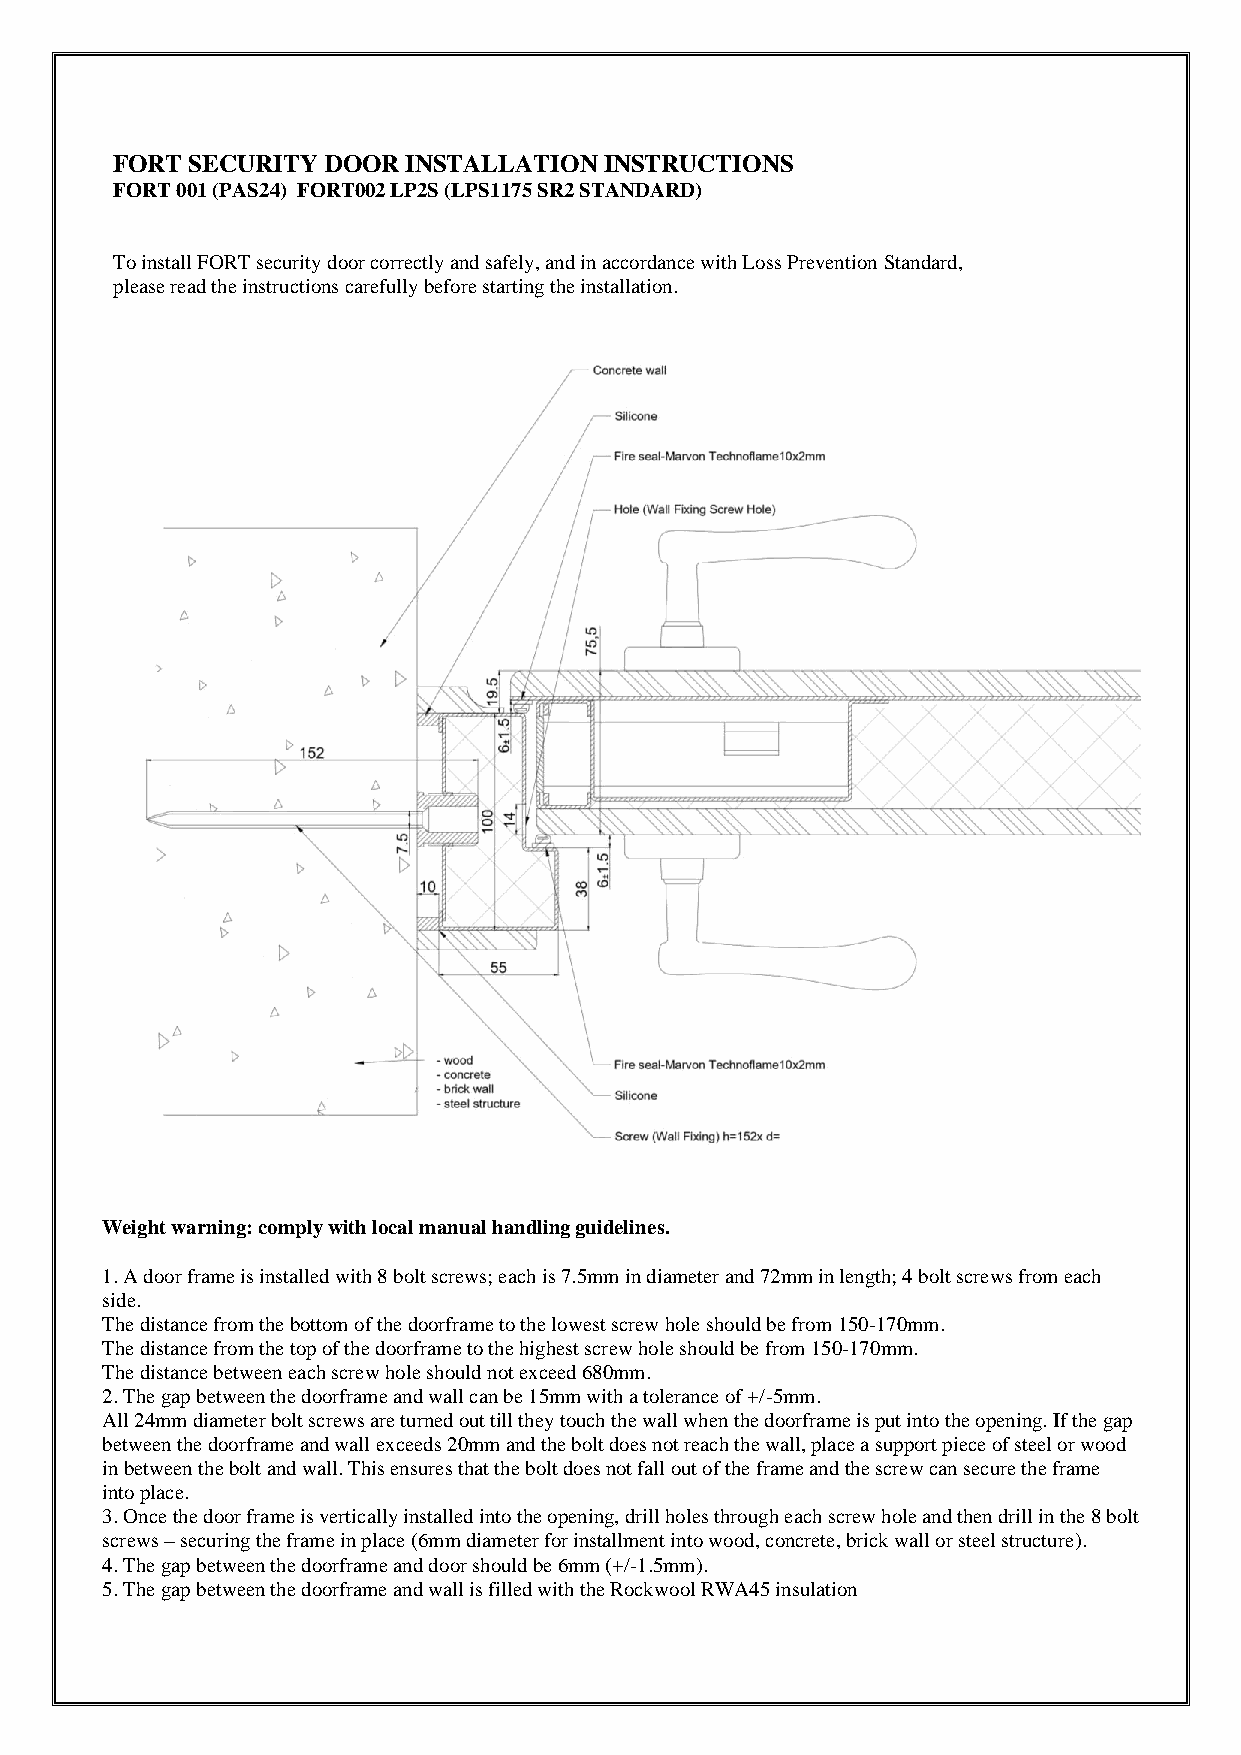
FORT  SECURITY DOOR INSTALLATION INSTRUCTIONS
 FORT 001 (PAS24) FORT002 LP2S (LPS1175 SR2 STANDARD)
 To install FORT security door correctly and safely, and in accordance with Loss Prevention Standard,
 please read the instructions carefully before starting the installation.
 Weight warning: comply with local manual handling guidelines.
 1. A door frame is installed with 8 bolt screws; each is 7.5mm in diameter and 72mm in length; 4 bolt screws from each
 side.
 The distance from the bottom of the doorframe to the lowest screw hole should be from 150-170mm.
 The distance from the top of the doorframe to the highest screw hole should be from 150-170mm.
 The distance between each screw hole should not exceed 680mm.
 2. The gap between the doorframe and wall can be 15mm with a tolerance of +/-5mm.
 All 24mm diameter bolt screws are turned out till they touch the wall when the doorframe is put into the opening. If the gap
 between the doorframe and wall exceeds 20mm and the bolt does not reach the wall, place a support piece of steel or wood
 in between the bolt and wall. This ensures that the bolt does not fall out of the frame and the screw can secure the frame
 into place.
 3. Once the door frame is vertically installed into the opening, drill holes through each screw hole and then drill in the 8 bolt
 screws – securing the frame in place (6mm diameter for installment into wood, concrete, brick wall or steel structure).
 4. The gap between the doorframe and door should be 6mm (+/-1.5mm).
 5. The gap between the doorframe and wall is filled with the Rockwool RWA45 insulation